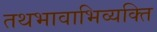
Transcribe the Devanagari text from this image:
तथभावाभिव्यक्ति